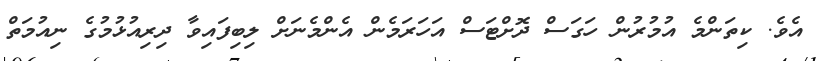
އެވެ. ކިތަންމެ އުމުރުން ހަގަސް ދޮށްޓަސް އަހަރަމެން އެންމެނަށް ލިބިފައިވާ ދިރިއުޅުމުގެ ނިއުމަތް